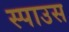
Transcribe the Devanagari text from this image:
स्पाउस